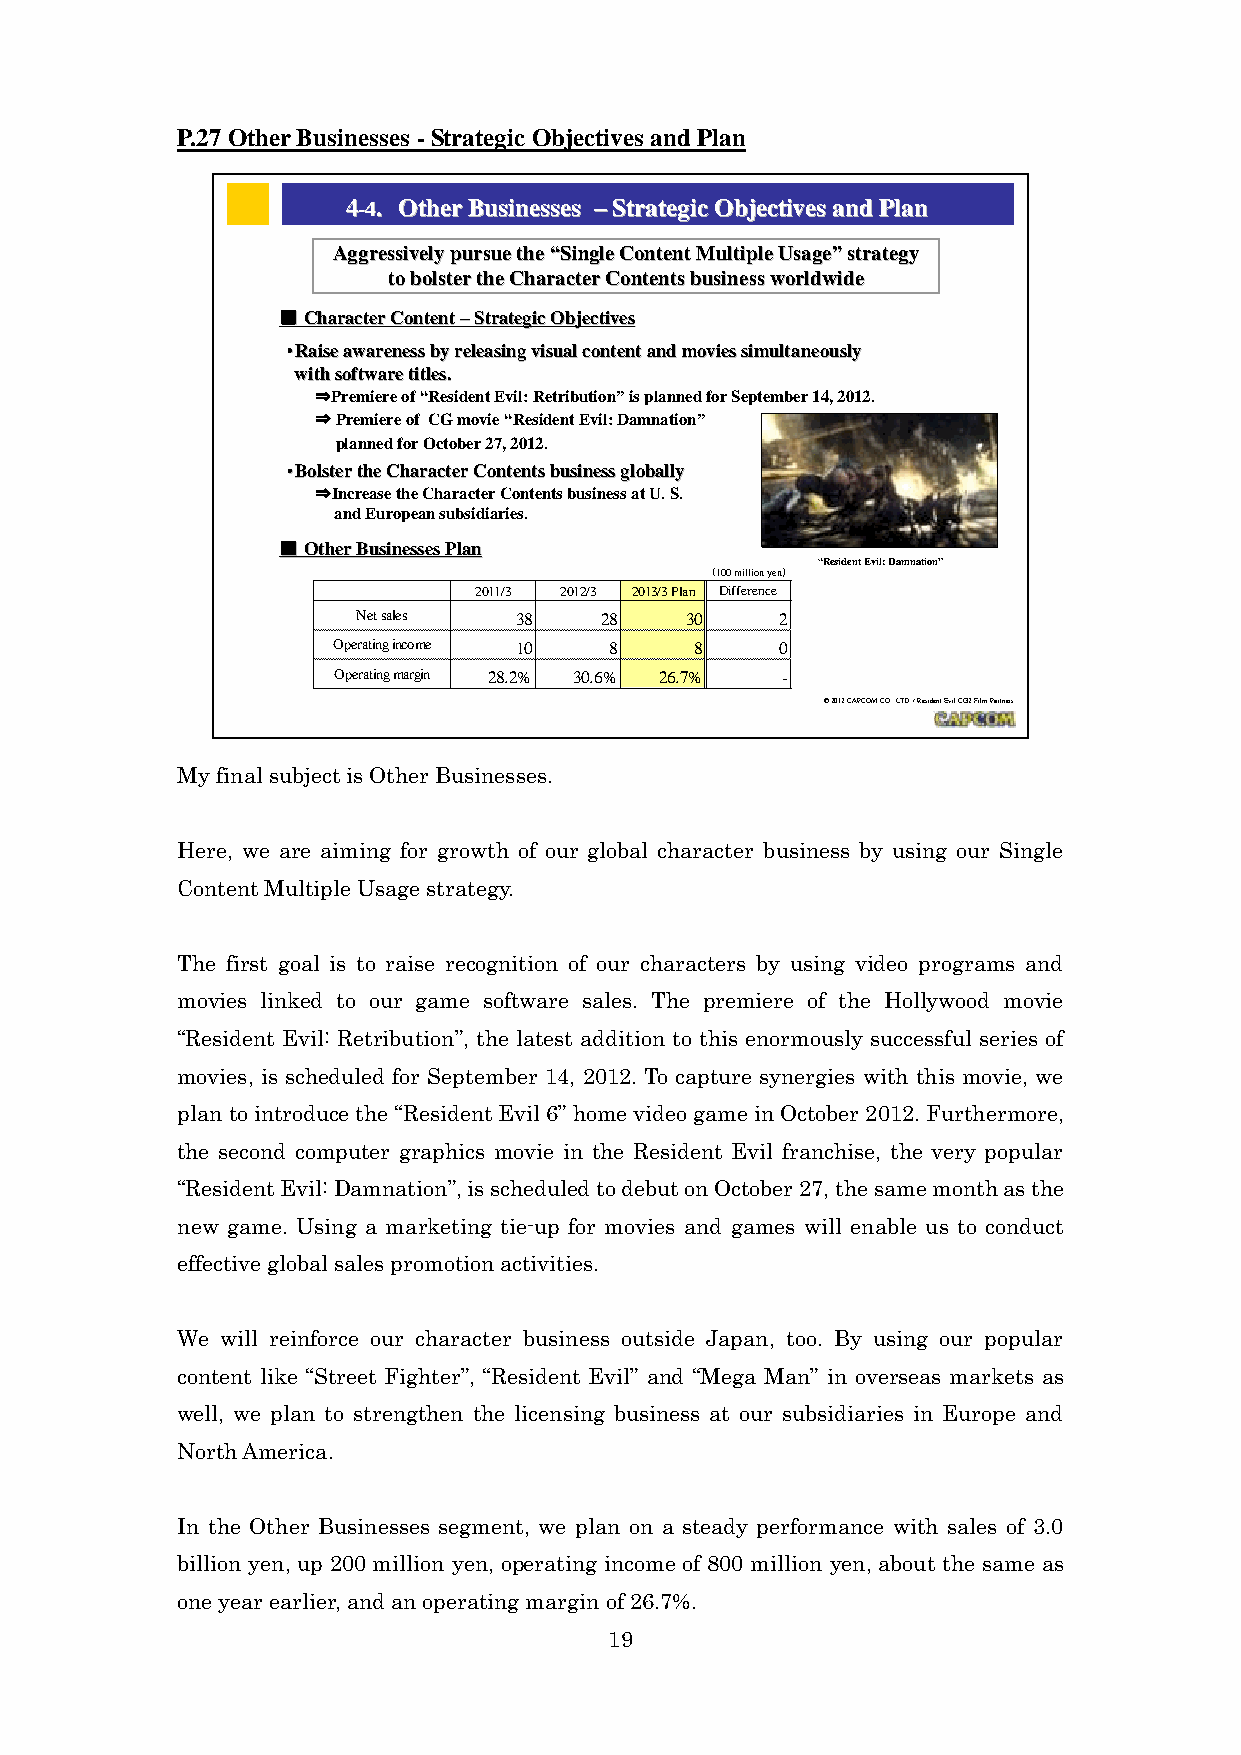
P.27 Other Businesses - Strategic Objectives and Plan
 44--44.. OOtthheerr BBuussiinneesssseess ––SSttrraatteeggiicc OObbjjeeccttiivveess aanndd PPllaann
 AAggggrreessssiivveellyy ppuurrssuuee tthhee ““SSiinnggllee CCoonntteenntt MMuullttiippllee UUssaaggee””ssttrraatteeggyy
 ttoo bboollsstteerr tthhee CChhaarraacctteerr CCoonntteennttss bbuussiinneessss wwoorrllddwwiiddee
 ■■CChhaarraacctteerr CCoonntteenntt ––SSttrraatteeggiicc OObbjjeeccttiivveess
 ・・RRaaiissee aawwaarreenneessss bbyy rreelleeaassiinngg vviissuuaall ccoonntteenntt aanndd mmoovviieess ssiimmuullttaanneeoouussllyy
 wwiitthh ssooffttwwaarree ttiittlleess..
 ⇒Premiere of “Resident Evil: Retribution”is planned for September 14, 2012.
 ⇒Premiere of CG movie “Resident Evil: Damnation”
 planned for October 27, 2012.
 ・・BBoollsstteerr tthhee CChhaarraacctteerr CCoonntteennttss bbuussiinneessss gglloobbaallllyy
 ⇒Increase the Character Contents business at U. S.
 and European subsidiaries.
 ■■OOtthheerr BBuussiinneesssseess PPllaann
 “Resident Evil: Damnation”.
 （100 million yen）
 2011/3 2012/3 2013/3 Plan Difference
 Net sales 38    28   30     2
 Operating income 10 8   8     0
 Operating margin 28.2% 30.6% 26.7% -
 ©2012 CAPCOM CO., LTD. / Resident Evil CG2 Film Partners
 2288
 Capcom Public Relations & Investor Relations Section
 My final subject is Other Businesses.
 Here, we are aiming for growth of our global character business by using our Single
 Content Multiple Usage strategy.
 The first goal is to raise recognition of our characters by using video programs and
 movies linked to our game software sales. The premiere of the Hollywood movie
 “Resident Evil: Retribution”, the latest addition to this enormously successful series of
 movies, is scheduled for September 14, 2012. To capture synergies with this movie, we
 plan to introduce the “Resident Evil 6” home video game in October 2012. Furthermore,
 the second computer graphics movie in the Resident Evil franchise, the very popular
 “Resident Evil: Damnation”, is scheduled to debut on October 27, the same month as the
 new game. Using a marketing tie-up for movies and games will enable us to conduct
 effective global sales promotion activities.
 We will reinforce our character business outside Japan, too. By using our popular
 content like “Street Fighter”, “Resident Evil” and “Mega Man” in overseas markets as
 well, we plan to strengthen the licensing business at our subsidiaries in Europe and
 North America.
 In the Other Businesses segment, we plan on a steady performance with sales of 3.0
 billion yen, up 200 million yen, operating income of 800 million yen, about the same as
 one year earlier, and an operating margin of 26.7%.
 19